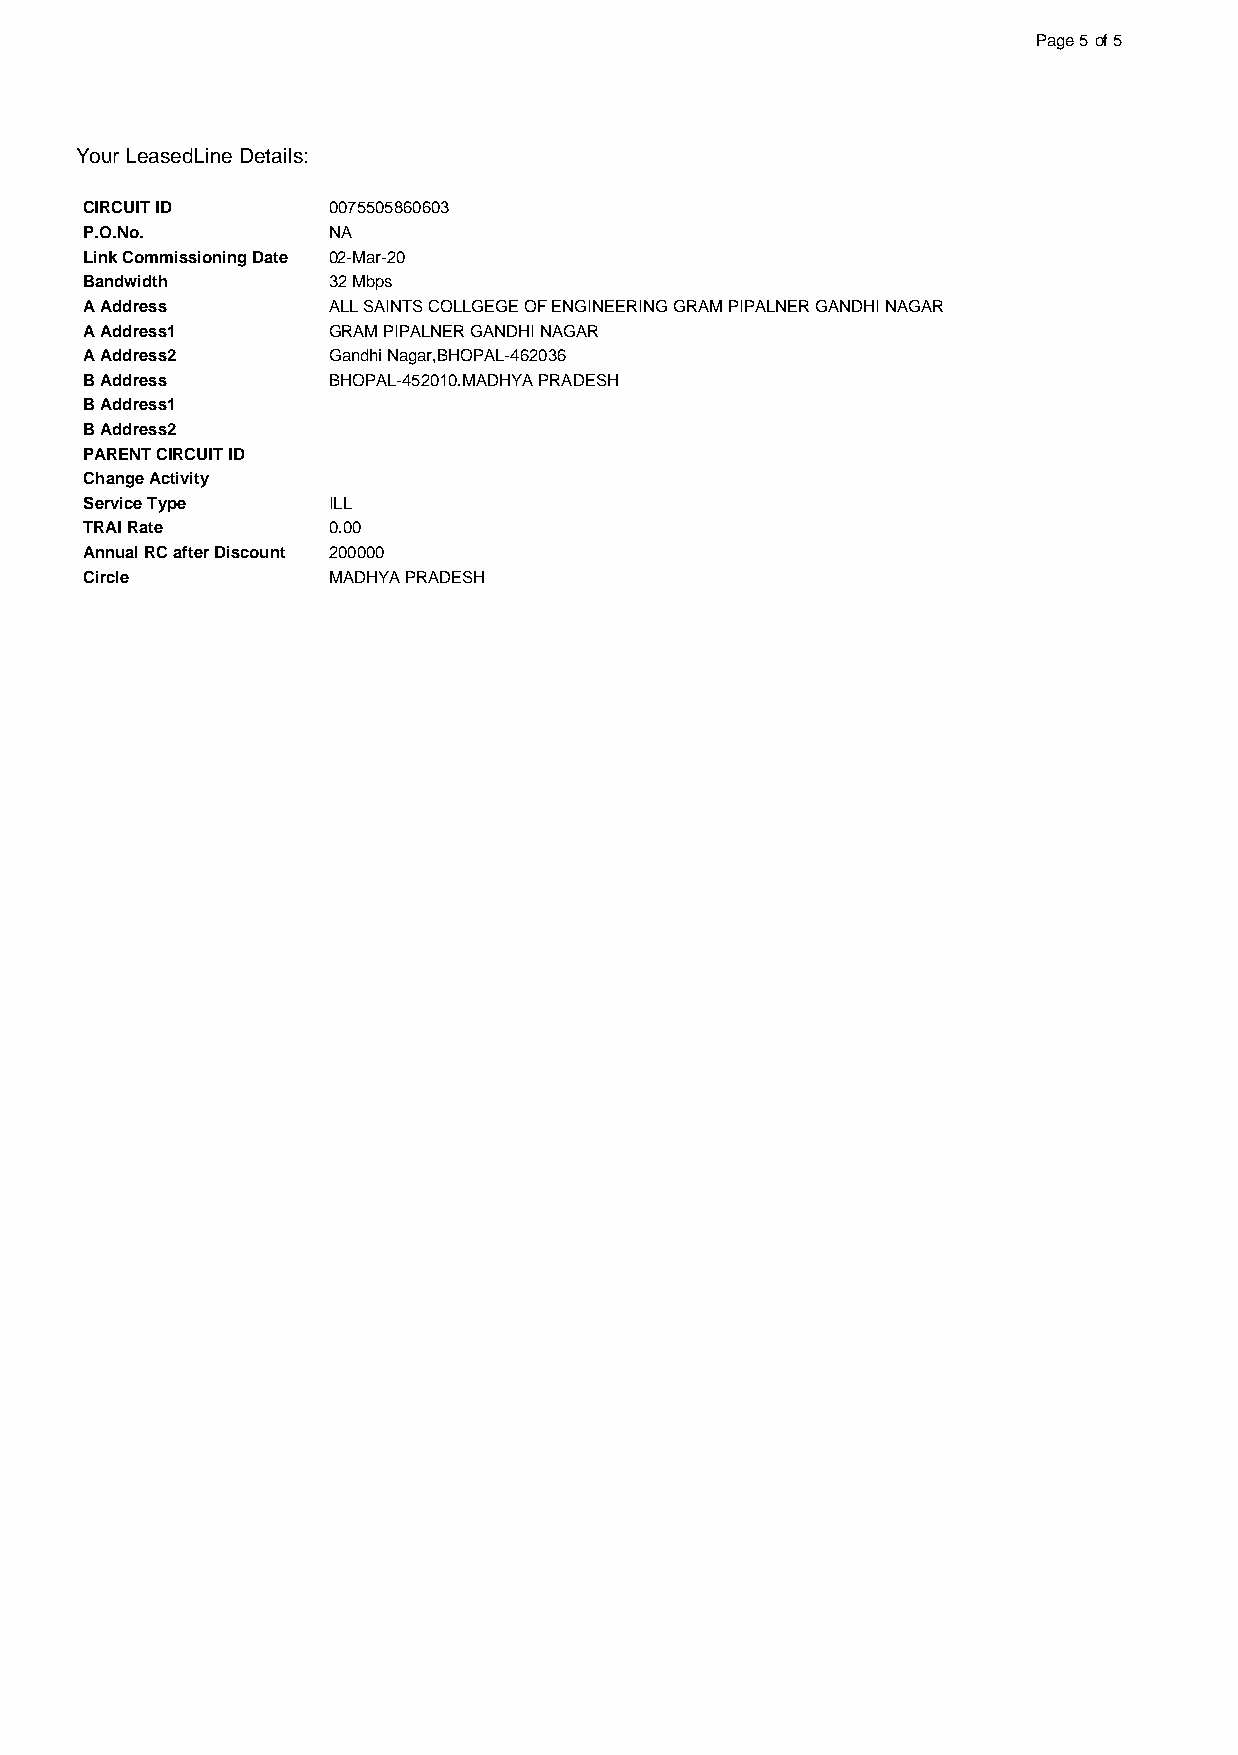
Page 5of 5
 Your LeasedLine Details:
 CIRCUIT ID      0075505860603
 P.O.No.         NA
 Link Commissioning Date 02-Mar-20
 Bandwidth       32 Mbps
 A Address       ALL SAINTS COLLGEGE OF ENGINEERING GRAM PIPALNER GANDHI NAGAR
 A Address1      GRAM PIPALNER GANDHI NAGAR
 A Address2      Gandhi Nagar,BHOPAL-462036
 B Address       BHOPAL-452010.MADHYA PRADESH
 B Address1
 B Address2
 PARENT CIRCUIT ID
 Change Activity
 Service Type    ILL
 TRAI Rate       0.00
 Annual RC after Discount 200000
 Circle          MADHYA PRADESH